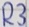
Text: R3